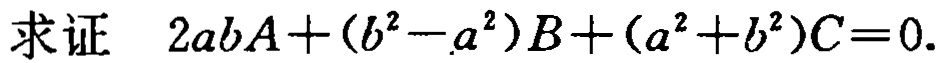
求证 \(2abA+(b^{2}-a^{2})B+(a^{2}+b^{2})C = 0\).